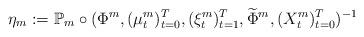
LaTeX: \begin{align*}\eta_m:=\mathbb{P}_m \circ (\Phi^m, (\mu_t^m)_{t=0}^T, (\xi_t^m)_{t=1}^T, \widetilde \Phi^m, (X^m_t)_{t=0}^T)^{-1}\end{align*}